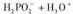
H_{2}PO_{2}+H_{3}O^{+}